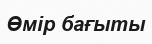
Өмір бағыты